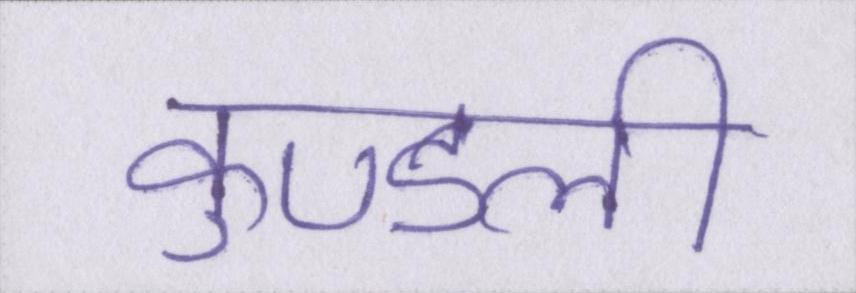
कुण्डली